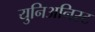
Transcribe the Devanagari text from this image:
युनिअनिस्ट